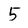
Character: 5